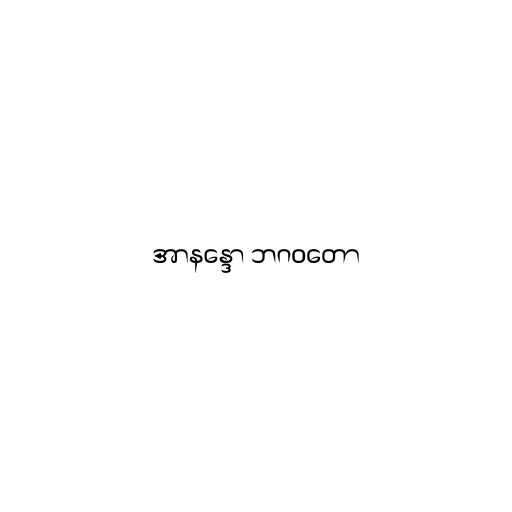
အာနန္ဒော ဘဂဝတော